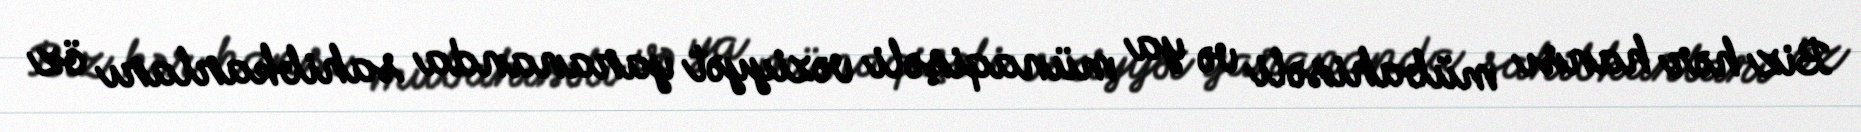
Biz hər hansı mübahisəli və ya münaqişəli vəziyyət yarananda sahibkarları öz